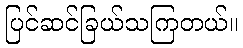
ပြင်ဆင်ခြယ်သကြတယ်။